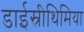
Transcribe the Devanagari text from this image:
डाईस्रीथिमिया